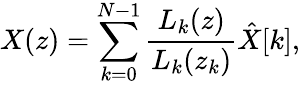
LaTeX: X(z)=\sum_{k=0}^{N-1}{\frac{L_{k}(z)}{L_{k}(z_{k})}}{\hat{X}}[k],